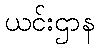
ယင်းဌာန